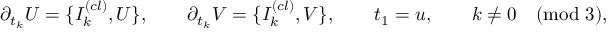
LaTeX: \partial _ { t _ { k } } U = \{ I _ { k } ^ { ( c l ) } , U \} , \qquad \partial _ { t _ { k } } V = \{ I _ { k } ^ { ( c l ) } , V \} , \qquad t _ { 1 } = u , \qquad k \not = 0 \pmod 3 ,